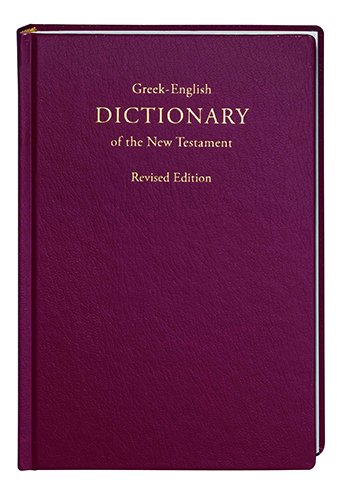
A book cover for Greek-English Dictionary of the New Testament, Revised Edition (Greek Edition); Barclay M., Jr. Newman; Christian Books & Bibles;